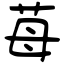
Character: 苺